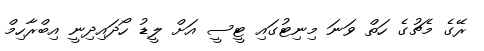
ރޭގެ މެޗުގެ ހަތް ވަނަ މިނިޓުގައި ޓީސީ އަށް ލީޑު ހޯދައިދިނީ އިބްރާހިމް